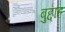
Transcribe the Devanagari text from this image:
बुद्दाह